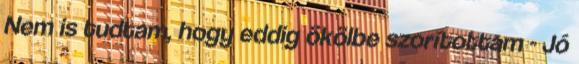
Nem is tudtam, hogy eddig ökölbe szorítottam - Jó